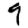
Digit: 9